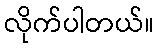
လိုက်ပါတယ်။